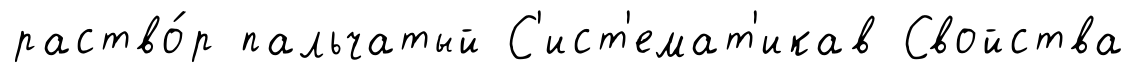
раство́р пальчатый С'ист'емат'икав Свойства